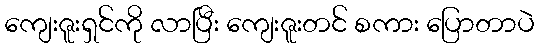
ကျေးဇူးရှင်ကို လာပြီး ကျေးဇူးတင် စကား ပြောတာပဲ